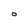
Character: 0